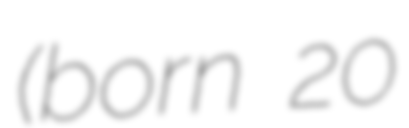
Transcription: (born 20